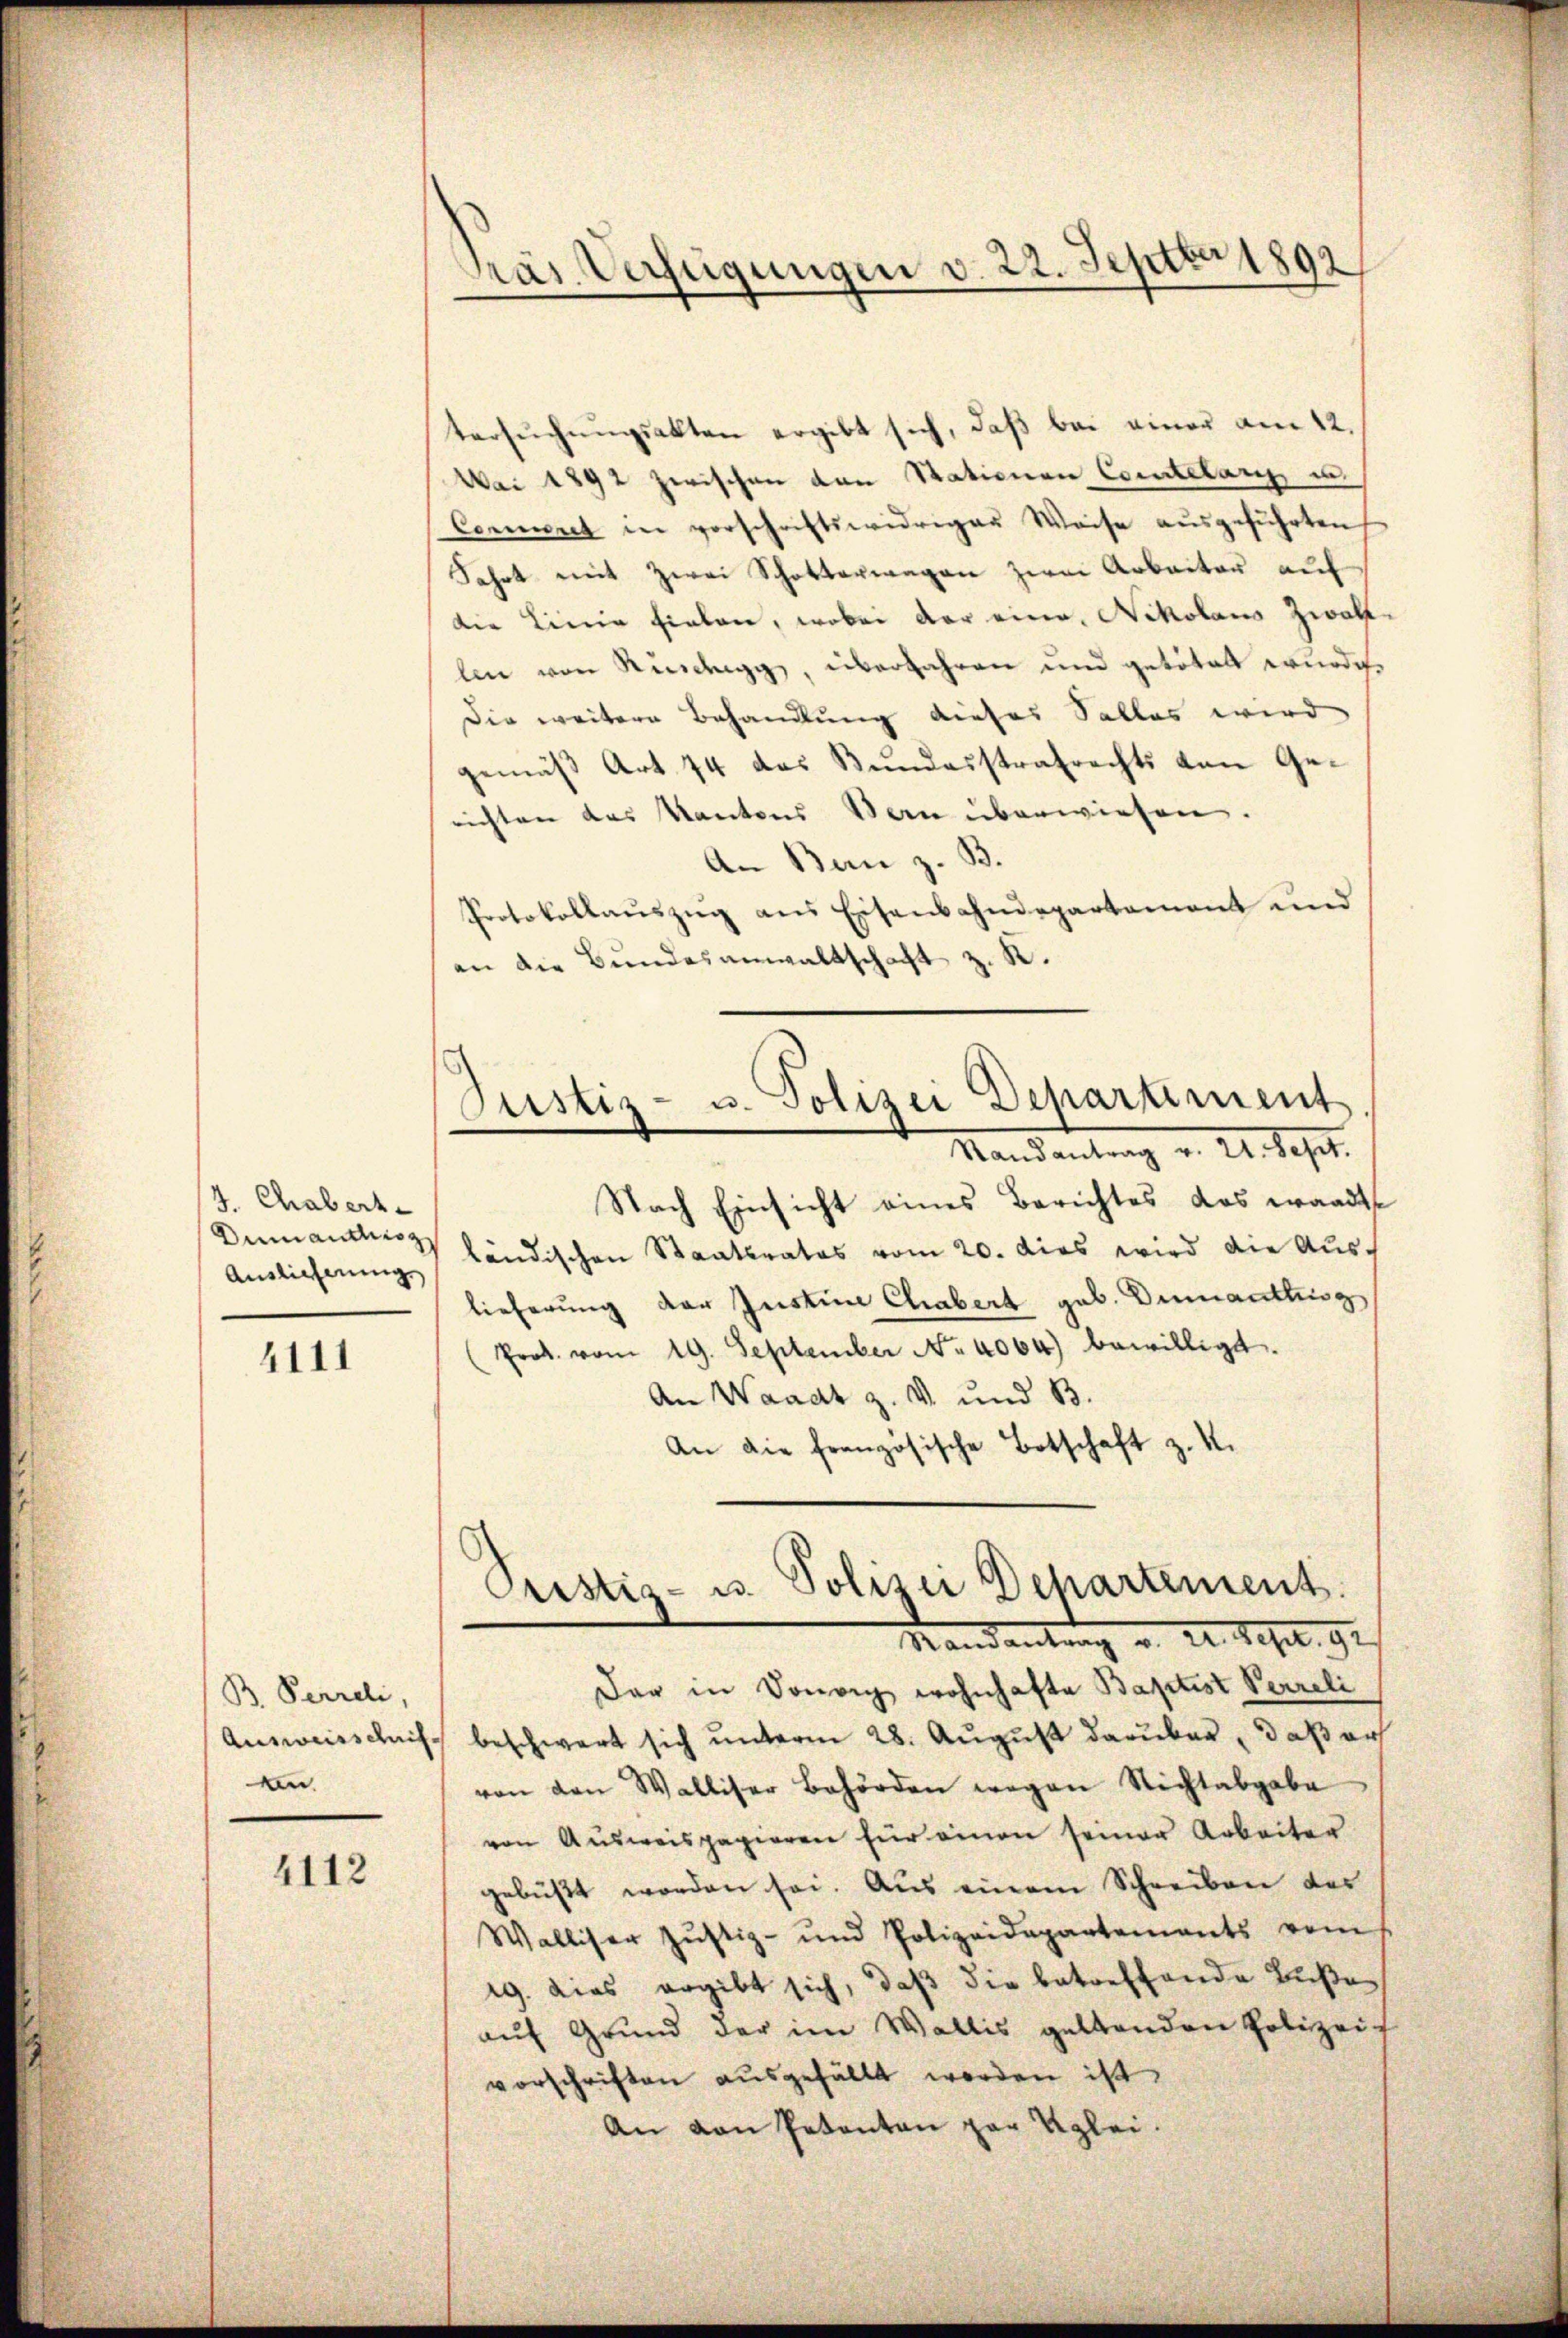
J. Chabert.
Dumandisz
Auslieferung

4111

B. Perreli,
An

4112

Präs. Verfügungen v. 22. Septbr 1892

tersŭchŭngsakten ergibt sich, daβ bei einer am 12.
Mai 1892 zwischen von Stationen Comtelanz u.
Conneret in vorschriftswidriger Weise aŭsgeführten
Fahrt mit zwei Schotterwagen zwei Arbeiter auf
die Linie fielen, wobei der eine Nikolaus Zwallen von Rindegg, überfahren und getötalt würdi¬
Die weitere Behandlung dieses Salles wird
gemäß Art. 74 das Bundesstrafrechts von Gerichten des Kantons San überwiesen.
An Bau z. B.
Protokollaŭszŭg ans Eisenbahndepartamant und
an die Bundesanwaltschaft z. R.
Nach Einsicht eines Berichtes das wandte
ländischen Staatsrates vom 20. dies wird die Aus-
lieferung der Instime Chabert geb. Dumantlung
Prot. vom 19. September No. 4064) bewilligt.
An Waadt z. v. und B.
An die französische Botschaft z. K.
Cristis- u. Polizei Departement.
Mandantung u. a. a. 192
Der in Donvich wohnhafte Baptist Verreli
Ausweisschnis beschwert sich unterm 28. August darüber, daß erh
von den Walliser Behörden wegen Nichtabgabe
von Ausweispapieren für einen seiner Arbeiter
gebüßt worden sei. Aus einem Schreiben der
Walliser Justiz- und Polizeidepartements vom
19. dies ergibt sich, daβ die betreffende Buße
auf Grund der im Wallis geltenden Polizeich
vorschriften ausgefällt worden ist.
An den Petenten par Klei¬

Justiz- u. Polizei Departiment
Mandantung v. 21. Sept.